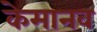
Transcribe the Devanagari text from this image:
केमानव